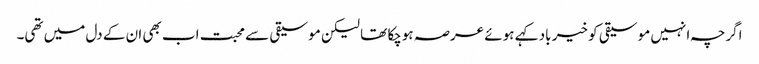
اگرچہ انہیں موسیقی کو خیر باد کہے ہوئے عرصہ ہوچکا تھا لیکن موسیقی سے محبت اب بھی ان کے دل میں تھی۔